Report on vaccination North-West Frontier Province 1904-1922 - 1904-1922
Year: 1904
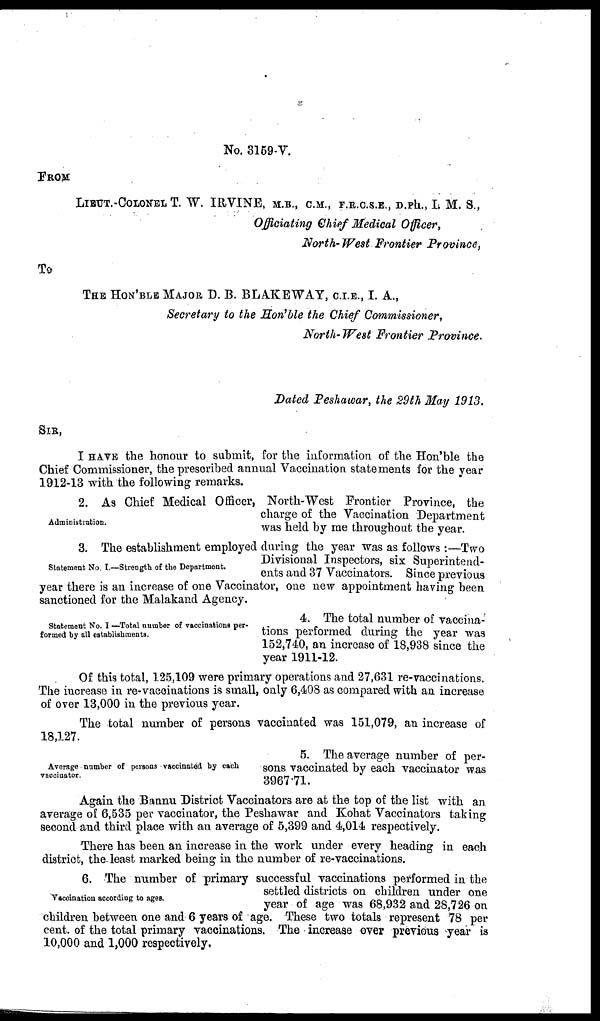
No. 3159-V.
FROM
LIEUT. -COLONEL T. W. IRVINE, M.B., C.M., F.R.C.S.E., D.Ph., L M. S.,
Officiating Chief Medical Officer,
North-West Frontier Province,
To
THE HON'BLE MAJOR D. B. BLAKEWAY, C.I.E., I. A.,
Secretary to the Hon'ble the Chief Commissioner,
North- West Frontier Province.
Dated Peshawar, the 29th May 1913.
SIR,
I HAVE the honour to submit, for the information of the Hon'ble the
Chief Commissioner, the prescribed annual Vaccination statements for the year
1912-13 with the following remarks.
Administration.
2. As Chief Medical Officer, North-West Frontier Province, the
charge of the Vaccination Department
was held by me throughout the year.
Statement No I.—Strength of the Department.
3. The establishment employed during the year was as follows :—Two
Divisional Inspectors, six Superintend-
ents and 37 Vaccinators. Since previous
year there is an increase of one Vaccinator, one new appointment having been
sanctioned for the Malakand Agency.
Statement No. I —Total number of vaccinations per-
formed by all establishments.
4. The total number of vaccina-
tions performed during the year was
152,740, an increase of 18,938 since the
year 1911-12.
Of this total, 125,109 were primary operations and 27,631 re-vaccinations.
The increase in re-vaccinations is small, only 6,40S as compared with an increase
of over 13,000 in the previous year.
The total number of persons vaccinated was 151,079, an increase of
18,127.
Average number of persons vaccinated by each
vaccinator.
5. The average number of per-
sons vaccinated by each vaccinator was
3967 71.
Again the Bannu District Vaccinators are at the top of the list with an
average of 6,535 per vaccinator, the Peshawar and Kohat Vaccinators taking
second and third place with an average of 5,399 and 4,014 respectively.
There has been an increase in the work under every heading in each
district, the least marked being in the number of re-vaccinations.
Vaccination according to ages.
6. The number of primary successful vaccinations performed in the
settled districts on children under one
year of age was 68,932 and 28,726 on
children between one and 6 years of age. These two totals represent 78 per
cent. of the total primary vaccinations. The increase over previous year is
10,000 and 1,000 respectively.